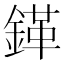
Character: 𲇒